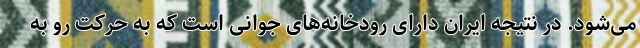
می‌شود. در نتیجه ایران دارای رودخانه‌های جوانی است که به حرکت رو به